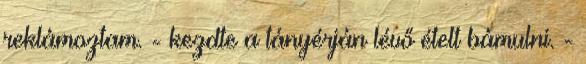
reklámoztam. - kezdte a tányérján lévő ételt bámulni. -